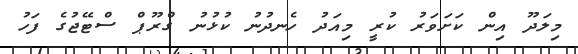
މިލަދޫ އިން ކަށަވަރު ކުރީ މިއަދު ހެނދުނު ކުޅުނު ގްރޫޕް ސްޓޭޖުގެ ފަހު